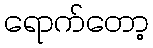
ရောက်တော့